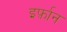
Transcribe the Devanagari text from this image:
इर्फ़ान